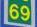
69